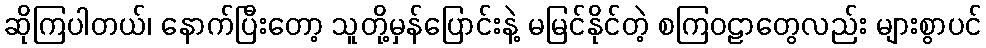
ဆိုကြပါတယ်၊ နောက်ပြီးတော့ သူတို့မှန်ပြောင်းနဲ့ မမြင်နိုင်တဲ့ စကြဝဠာတွေလည်း များစွာပင်